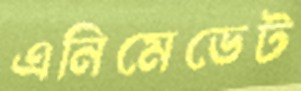
এনিমেডেট